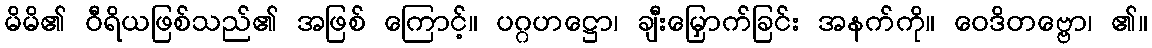
မိမိ၏ ဝီရိယဖြစ်သည်၏ အဖြစ် ကြောင့်။ ပဂ္ဂဟဋ္ဌော၊ ချီးမြှောက်ခြင်း အနက်ကို။ ဝေဒိတဗ္ဗော၊ ၏။